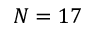
N = 1 7